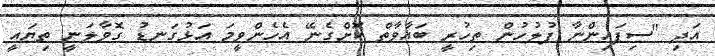
އަދި "ސިފައިންނާ ފުލުހުން ތިހުރީ ބަޣާވާތް ކޮށްގެނޭ އެހެންވީމަ އަޅުގަނޑު ގޮވާލަނީ ތިޔައީ